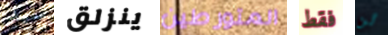
سيد ينزلق المتورطين فقط لن